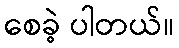
စေခဲ့ ပါတယ်။